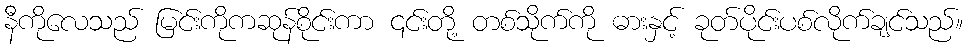
နီကိုလေသည် မြင်းကိုကဆုန်စိုင်းကာ ၎င်းတို့ တစ်သိုက်ကို ဓားနှင့် ခုတ်ပိုင်းပစ်လိုက်ချင်သည်။